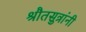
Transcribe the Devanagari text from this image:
श्रौतसुत्रांनी